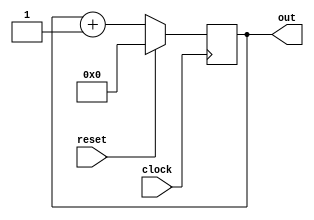
`timescale 1ns / 1ps
//////////////////////////////////////////////////////////////////////////////////
// Company: 
// Engineer: 
// 
// Design Name: 
// Module Name:    counter 
// Project Name: 
// Target Devices: 
// Tool versions: 
// Description: 
//
// Dependencies: 
//
// Revision: 
// Revision 0.01 - File Created
// Additional Comments: 
//
//////////////////////////////////////////////////////////////////////////////////
module up_counter(clock, reset, out);

parameter WIDTH = 8;

input clock;
input reset;
output [WIDTH-1:0] out;

reg [WIDTH-1:0] out;

always @(posedge clock)
if (reset)
  out <= 0;
else
  out <= out + 1;
endmodule